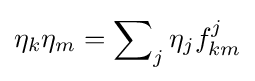
\eta _{k}\eta _{m}=\sum \nolimits _{j}\eta _{j}f_{km}^{j}